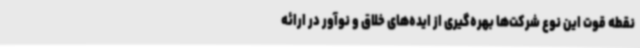
نقطه قوت این نوع شرکت‌ها بهره‌گیری از ایده‌های خلاق و نوآور در ارائه